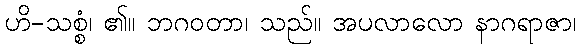
ဟိ-သစ္စံ၊ ၏။ ဘဂဝတာ၊ သည်။ အပလာလော နာဂရာဇာ၊